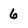
Character: 6